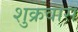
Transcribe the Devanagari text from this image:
शुक्रवास